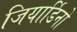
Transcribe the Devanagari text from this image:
जियार्डिनो